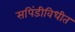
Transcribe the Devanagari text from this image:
सपिंडीविधीत